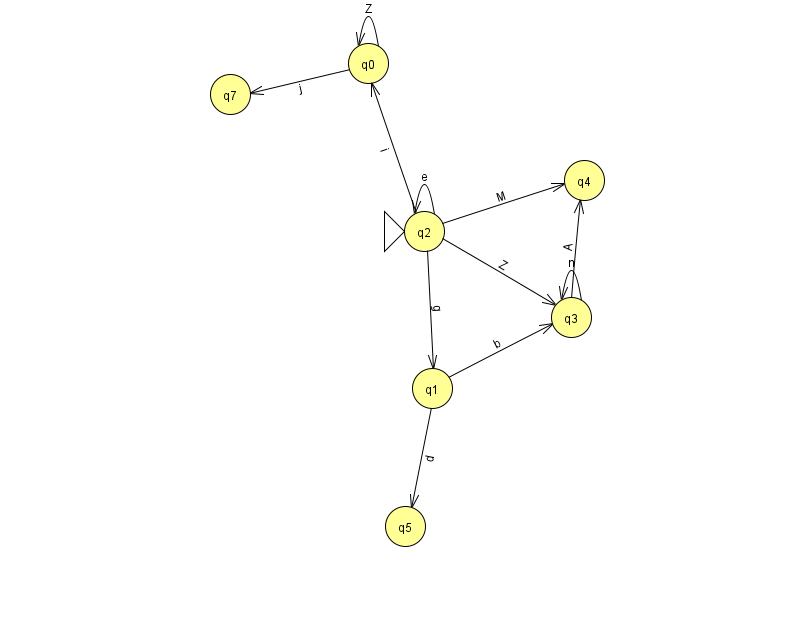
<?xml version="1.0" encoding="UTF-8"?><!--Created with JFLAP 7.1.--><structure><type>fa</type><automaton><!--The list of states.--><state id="0" name="q0"><x>368.0</x><y>50.0</y></state><state id="1" name="q1"><x>432.0</x><y>375.0</y></state><state id="2" name="q2"><x>424.0</x><y>218.0</y><initial/></state><state id="3" name="q3"><x>571.0</x><y>304.0</y></state><state id="4" name="q4"><x>584.0</x><y>167.0</y></state><state id="5" name="q5"><x>405.0</x><y>513.0</y></state><state id="7" name="q7"><x>230.0</x><y>81.0</y></state><!--The list of transitions.--><transition><from>2</from><to>1</to><read>g</read></transition><transition><from>0</from><to>7</to><read>j</read></transition><transition><from>1</from><to>3</to><read>b</read></transition><transition><from>1</from><to>5</to><read>d</read></transition><transition><from>2</from><to>2</to><read>e</read></transition><transition><from>3</from><to>4</to><read>A</read></transition><transition><from>0</from><to>0</to><read>Z</read></transition><transition><from>2</from><to>0</to><read>i</read></transition><transition><from>2</from><to>3</to><read>Z</read></transition><transition><from>2</from><to>4</to><read>M</read></transition><transition><from>3</from><to>3</to><read>n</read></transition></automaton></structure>